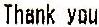
THANK YOU